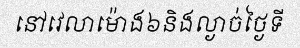
នៅវេលាម៉ោង៦និងល្ងាច់ថ្ងៃទី